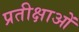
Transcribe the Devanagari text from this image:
प्रतीक्षाओं